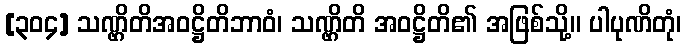
[၃၀၄] သဏ္ဌိတိအဝဋ္ဌိတိဘာဝံ၊ သဏ္ဌိတိ အဝဋ္ဌိတိ၏ အဖြစ်သို့။ ပါပုဏိတုံ၊